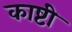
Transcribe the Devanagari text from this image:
काष्टी